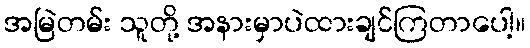
အမြဲတမ်း သူတို့ အနားမှာပဲထားချင်ကြတာပေါ့။